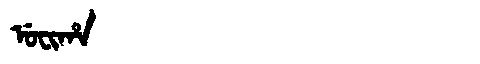
Manchu: ᡠᠸᡳᡥᠠ
Romanization: UFIHA